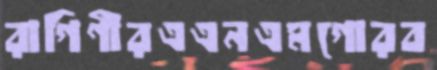
রাগিণীরএএনএমগোরব